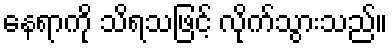
နေရာကို သိရသဖြင့် လိုက်သွားသည်။